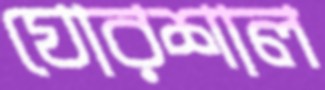
ঘোরশাল